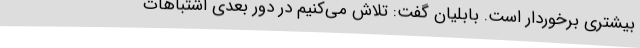
بیشتری برخوردار است. بابلیان گفت: تلاش می‌کنیم در دور بعدی اشتباهات